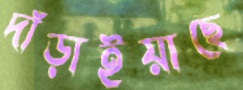
দাঁড়াইয়াছে